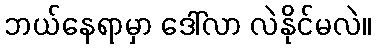
ဘယ်နေရာမှာ ဒေါ်လာ လဲနိုင်မလဲ။